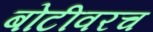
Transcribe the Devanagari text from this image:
बोटीवरच